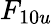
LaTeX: F_{10u}